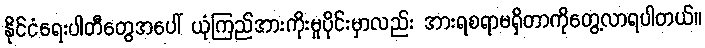
နိုင်ငံရေးပါတီတွေအပေါ် ယုံကြည်အားကိုးမှုပိုင်းမှာလည်း အားရစရာမရှိတာကိုတွေ့လာရပါတယ်။